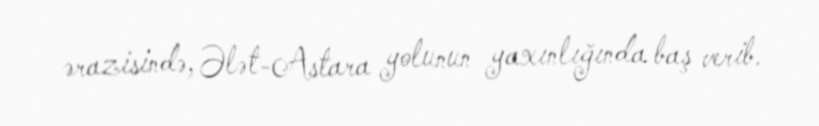
ərazisində, Ələt-Astara yolunun yaxınlığında baş verib.